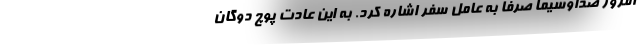
امروز صداوسیما صرفاً به عامل سفر اشاره کرد. به این عادت پوچ دوگان